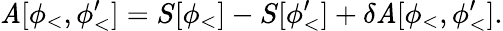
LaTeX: \mathit{A}[\phi_{<},\phi_{<}^{\prime}]=S[\phi_{<}]-S[\phi_{<}^{\prime}]+\delta\mathit{A}[\phi_{<},\phi_{<}^{\prime}].